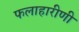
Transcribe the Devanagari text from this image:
फलाहारीणी